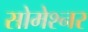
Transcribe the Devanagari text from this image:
सोमेश्नर